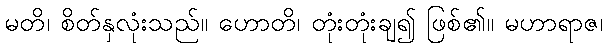
မတိ၊ စိတ်နှလုံးသည်။ ဟောတိ၊ တုံးတုံးချ၍ ဖြစ်၏။ မဟာရာဇ၊